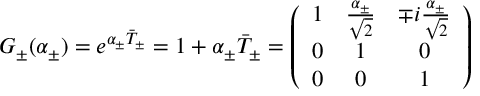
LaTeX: G _ { \pm } ( \alpha _ { \pm } ) = e ^ { \alpha _ { \pm } \bar { T } _ { \pm } } = 1 + \alpha _ { \pm } \bar { T } _ { \pm } = \left( \begin{array} { c c c } { { 1 } } & { { \frac { \alpha _ { \pm } } { \sqrt { 2 } } } } & { { \mp i \frac { \alpha _ { \pm } } { \sqrt { 2 } } } } \\ { { 0 } } & { { 1 } } & { { 0 } } \\ { { 0 } } & { { 0 } } & { { 1 } } \end{array} \right)